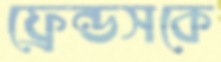
ফ্রেন্ডসকে